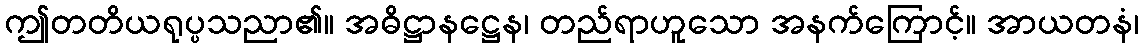
ဤတတိယရုပ္ပသညာ၏။ အဓိဋ္ဌာနဋ္ဌေန၊ တည်ရာဟူသော အနက်ကြောင့်။ အာယတနံ၊